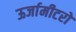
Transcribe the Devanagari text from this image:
ऊर्जामीटरों